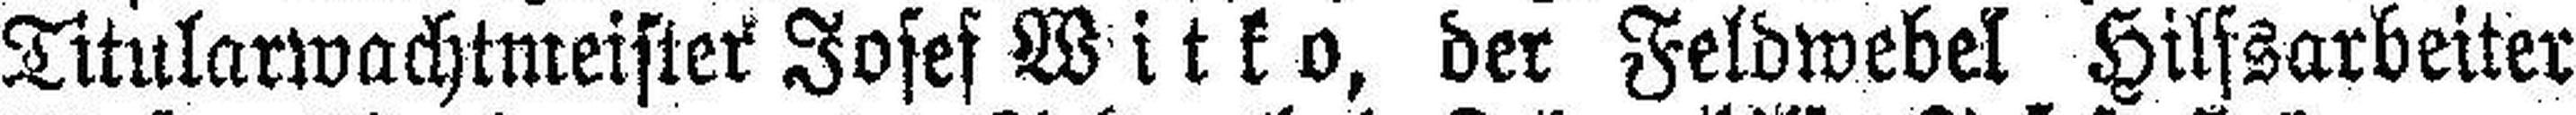
Titularwachtmeister Josef Witko, der Feldwebel Hilfsarbeiter